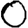
Digit: 0